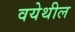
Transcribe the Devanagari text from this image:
वयेथील